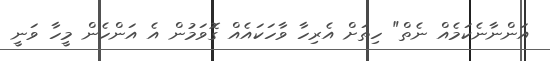
އަންނާނެކަމެއް ނެތް" ހިތަށް އެރިހާ ވާހަކައެއް ގޮވަމުން އެ އަންހެން މީހާ ވަނީ